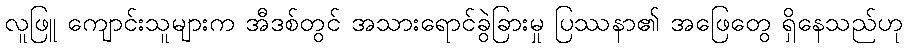
လူဖြူ ကျောင်းသူများက အီဒစ်တွင် အသားရောင်ခွဲခြားမှု ပြဿနာ၏ အဖြေတွေ ရှိနေသည်ဟု